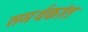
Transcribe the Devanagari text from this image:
समर्थकांत